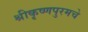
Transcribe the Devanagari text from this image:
श्रीकृष्णपुरमचे